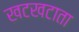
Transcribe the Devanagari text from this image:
खटखटाता